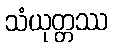
သံယုတ္တဿ